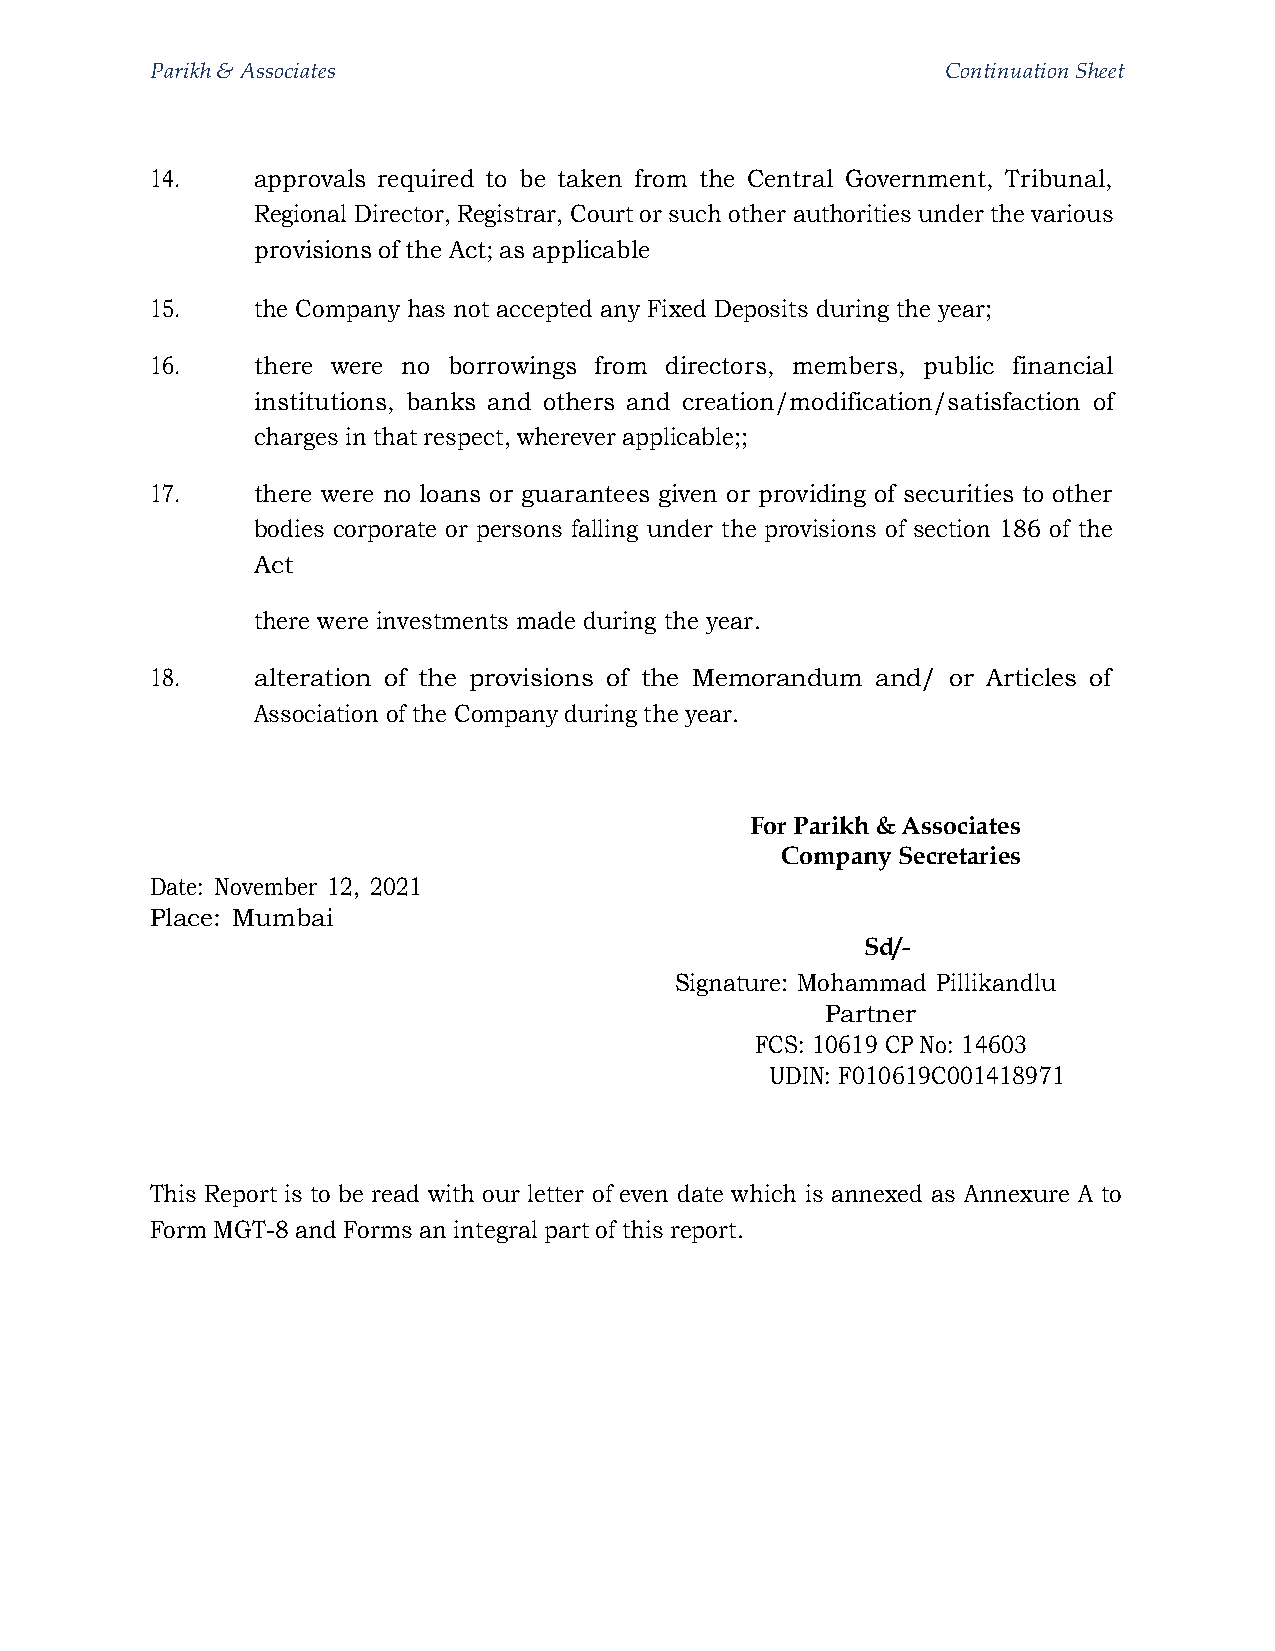
Parikh & Associates                                  Continuation Sheet
 14.    approvals required to be taken from the Central Government, Tribunal,
 Regional Director, Registrar, Court or such other authorities under the various
 provisions of the Act; as applicable
 15.    the Company has not accepted any Fixed Deposits during the year;
 16.    there were no borrowings from directors, members, public financial
 institutions, banks and others and creation/modification/satisfaction of
 charges in that respect, wherever applicable;;
 17.    there were no loans or guarantees given or providing of securities to other
 bodies corporate or persons falling under the provisions of section 186 of the
 Act
 there were investments made during the year.
 18.    alteration of the provisions of the Memorandum and/ or Articles of
 Association of the Company during the year.
 For Parikh & Associates
 Company Secretaries
 Date: November 12, 2021
 Place: Mumbai
 Sd/-
 Signature: Mohammad Pillikandlu
 Partner
 FCS: 10619 CP No: 14603
 UDIN: F010619C001418971
 This Report is to be read with our letter of even date which is annexed as Annexure A to
 Form MGT-8 and Forms an integral part of this report.